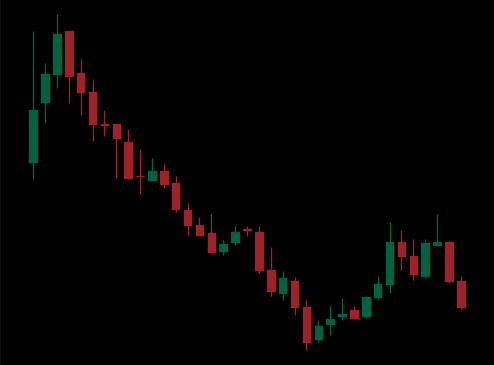
Pattern: bull_flag